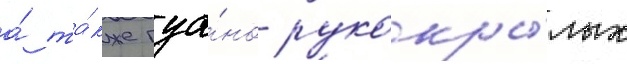
а́ та́кже гуа́но рукокры́лых